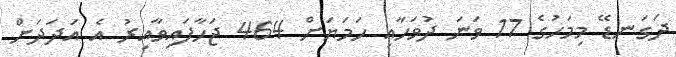
ދަގަނޑޭ މިމަހުގެ 17 ވަނަ ދުވަހާއި ހަމަޔަށް 464 ޖަހާފައިވާއިރު އެ އަދަދަށް